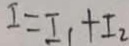
I = I _ { 1 } + I _ { 2 }